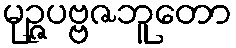
မုဉ္ဇပဗ္ဗဇဘူတော